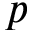
p